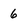
Character: 6